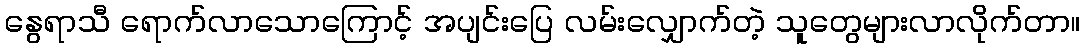
နွေရာသီ ရောက်လာသောကြောင့် အပျင်းပြေ လမ်းလျှောက်တဲ့ သူတွေများလာလိုက်တာ။